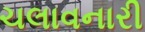
ચલાવનારી